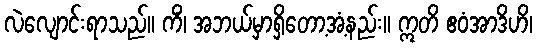
လဲလျောင်းရာသည်။ ကိံ၊ အဘယ်မှာရှိတော့အံ့နည်း။ ဣတိ ဧဝံအာဒိဟိ၊